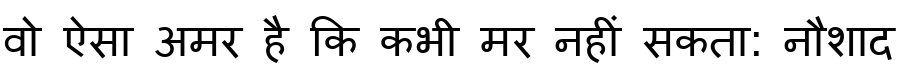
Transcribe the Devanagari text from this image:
वो ऐसा अमर है कि कभी मर नहीं सकता: नौशाद